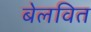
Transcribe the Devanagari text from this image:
बेलवित